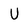
Character: U